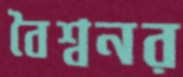
বৈশ্বনর